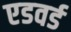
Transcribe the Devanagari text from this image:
एडवर्ड